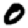
Digit: 0